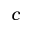
c